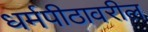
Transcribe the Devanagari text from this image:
धर्मपीठावरील